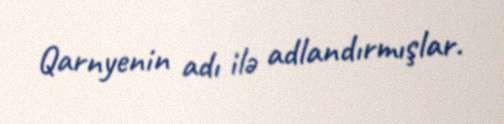
Qarnyenin adı ilə adlandırmışlar.